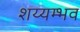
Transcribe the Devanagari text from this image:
शय्यम्भव